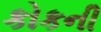
કોકની